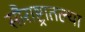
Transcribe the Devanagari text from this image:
सौराष्ट्रातल्या